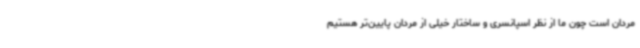
مردان است چون ما از نظر اسپانسری و ساختار خیلی از مردان پایین‌تر هستیم